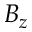
B _ { z }